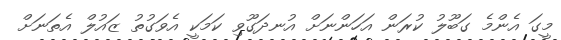
މީގަ އެންމެ ގަބޫލު ކުރަން އަހަންނަށް އުނދަގޫވި ކަމަކީ އެވަގުތު ޒައުލް އެތަނަށް